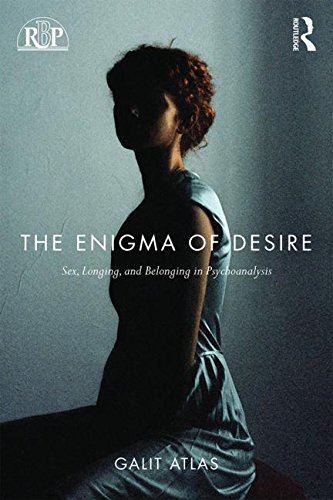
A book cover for The Enigma of Desire: Sex, Longing, and Belonging in Psychoanalysis (Relational Perspectives Book Series); Galit Atlas; Medical Books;